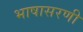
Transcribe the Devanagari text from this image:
भाषासरणी